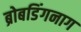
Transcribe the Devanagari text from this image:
ब्रोबडिंगनाग